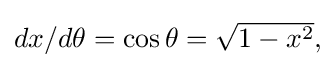
{\textstyle dx/d\theta =\cos \theta ={\sqrt {1-x^{2}}},}